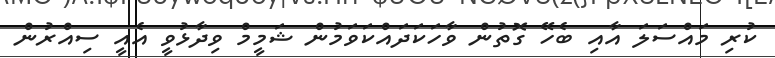
ކުރި މައްސަލަ އާއި ބެހޭ ގޮތުން ވާހަކަދައްކަވަމުން ޝަމީމް ވިދާޅުވީ އެއީ ސިއްރުން